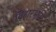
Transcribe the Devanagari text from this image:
विहारभूमि